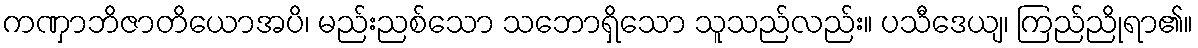
ကဏှာဘိဇာတိယောအပိ၊ မည်းညစ်သော သဘောရှိသော သူသည်လည်း။ ပသီဒေယျ၊ ကြည်ညိုရာ၏။